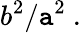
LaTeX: b^{2}/\mathtt{a}^{2}\ .